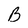
Character: B